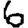
Digit: 6